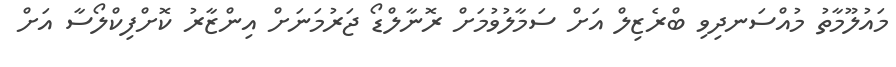
މައުލޫމާތު މުއްސަނދިވި ބްރެޒިލް އަށް ސަމާލުވުމަށް ރޮނާލްޑޯ ޖަރުމަނަށް އިންޒާރު ކޮށްފިކްލޯސާ އަށް